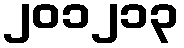
၂၀၁၂၁၃